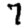
Digit: 7